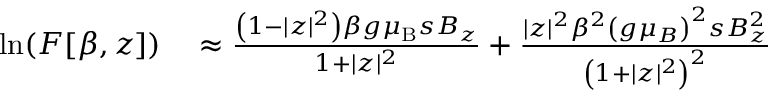
\begin{array} { r l } { \ln ( F [ \beta , z ] ) } & { { } \approx \frac { \left( 1 - | z | ^ { 2 } \right) \beta g { \ensuremath { \mu _ { \mathrm { B } } } } s B _ { z } } { 1 + | z | ^ { 2 } } + \frac { | z | ^ { 2 } \beta ^ { 2 } \left( g \mu _ { B } \right) ^ { 2 } s B _ { z } ^ { 2 } } { \left( 1 + | z | ^ { 2 } \right) ^ { 2 } } } \end{array}